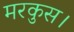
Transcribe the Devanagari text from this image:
मरकुस।